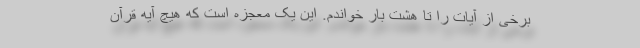
برخی از آیات را تا هشت بار خواندم. این یک معجزه است که هیچ آیه قرآن